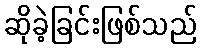
ဆိုခဲ့ခြင်းဖြစ်သည်